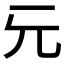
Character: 𠑶